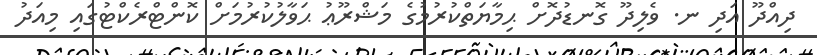
ދިއްދޫ އަދި ނ. ވެލިދޫ ގޮނޑުދޮށް ޙިމާޔަތްކުރުމުގެ މަޝްރޫޢު ޙަވާލުކުރުމަށް ކޮންޓްރެކްޓުގައި މިއަދު